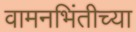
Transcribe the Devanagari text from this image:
वामनभिंतीच्या